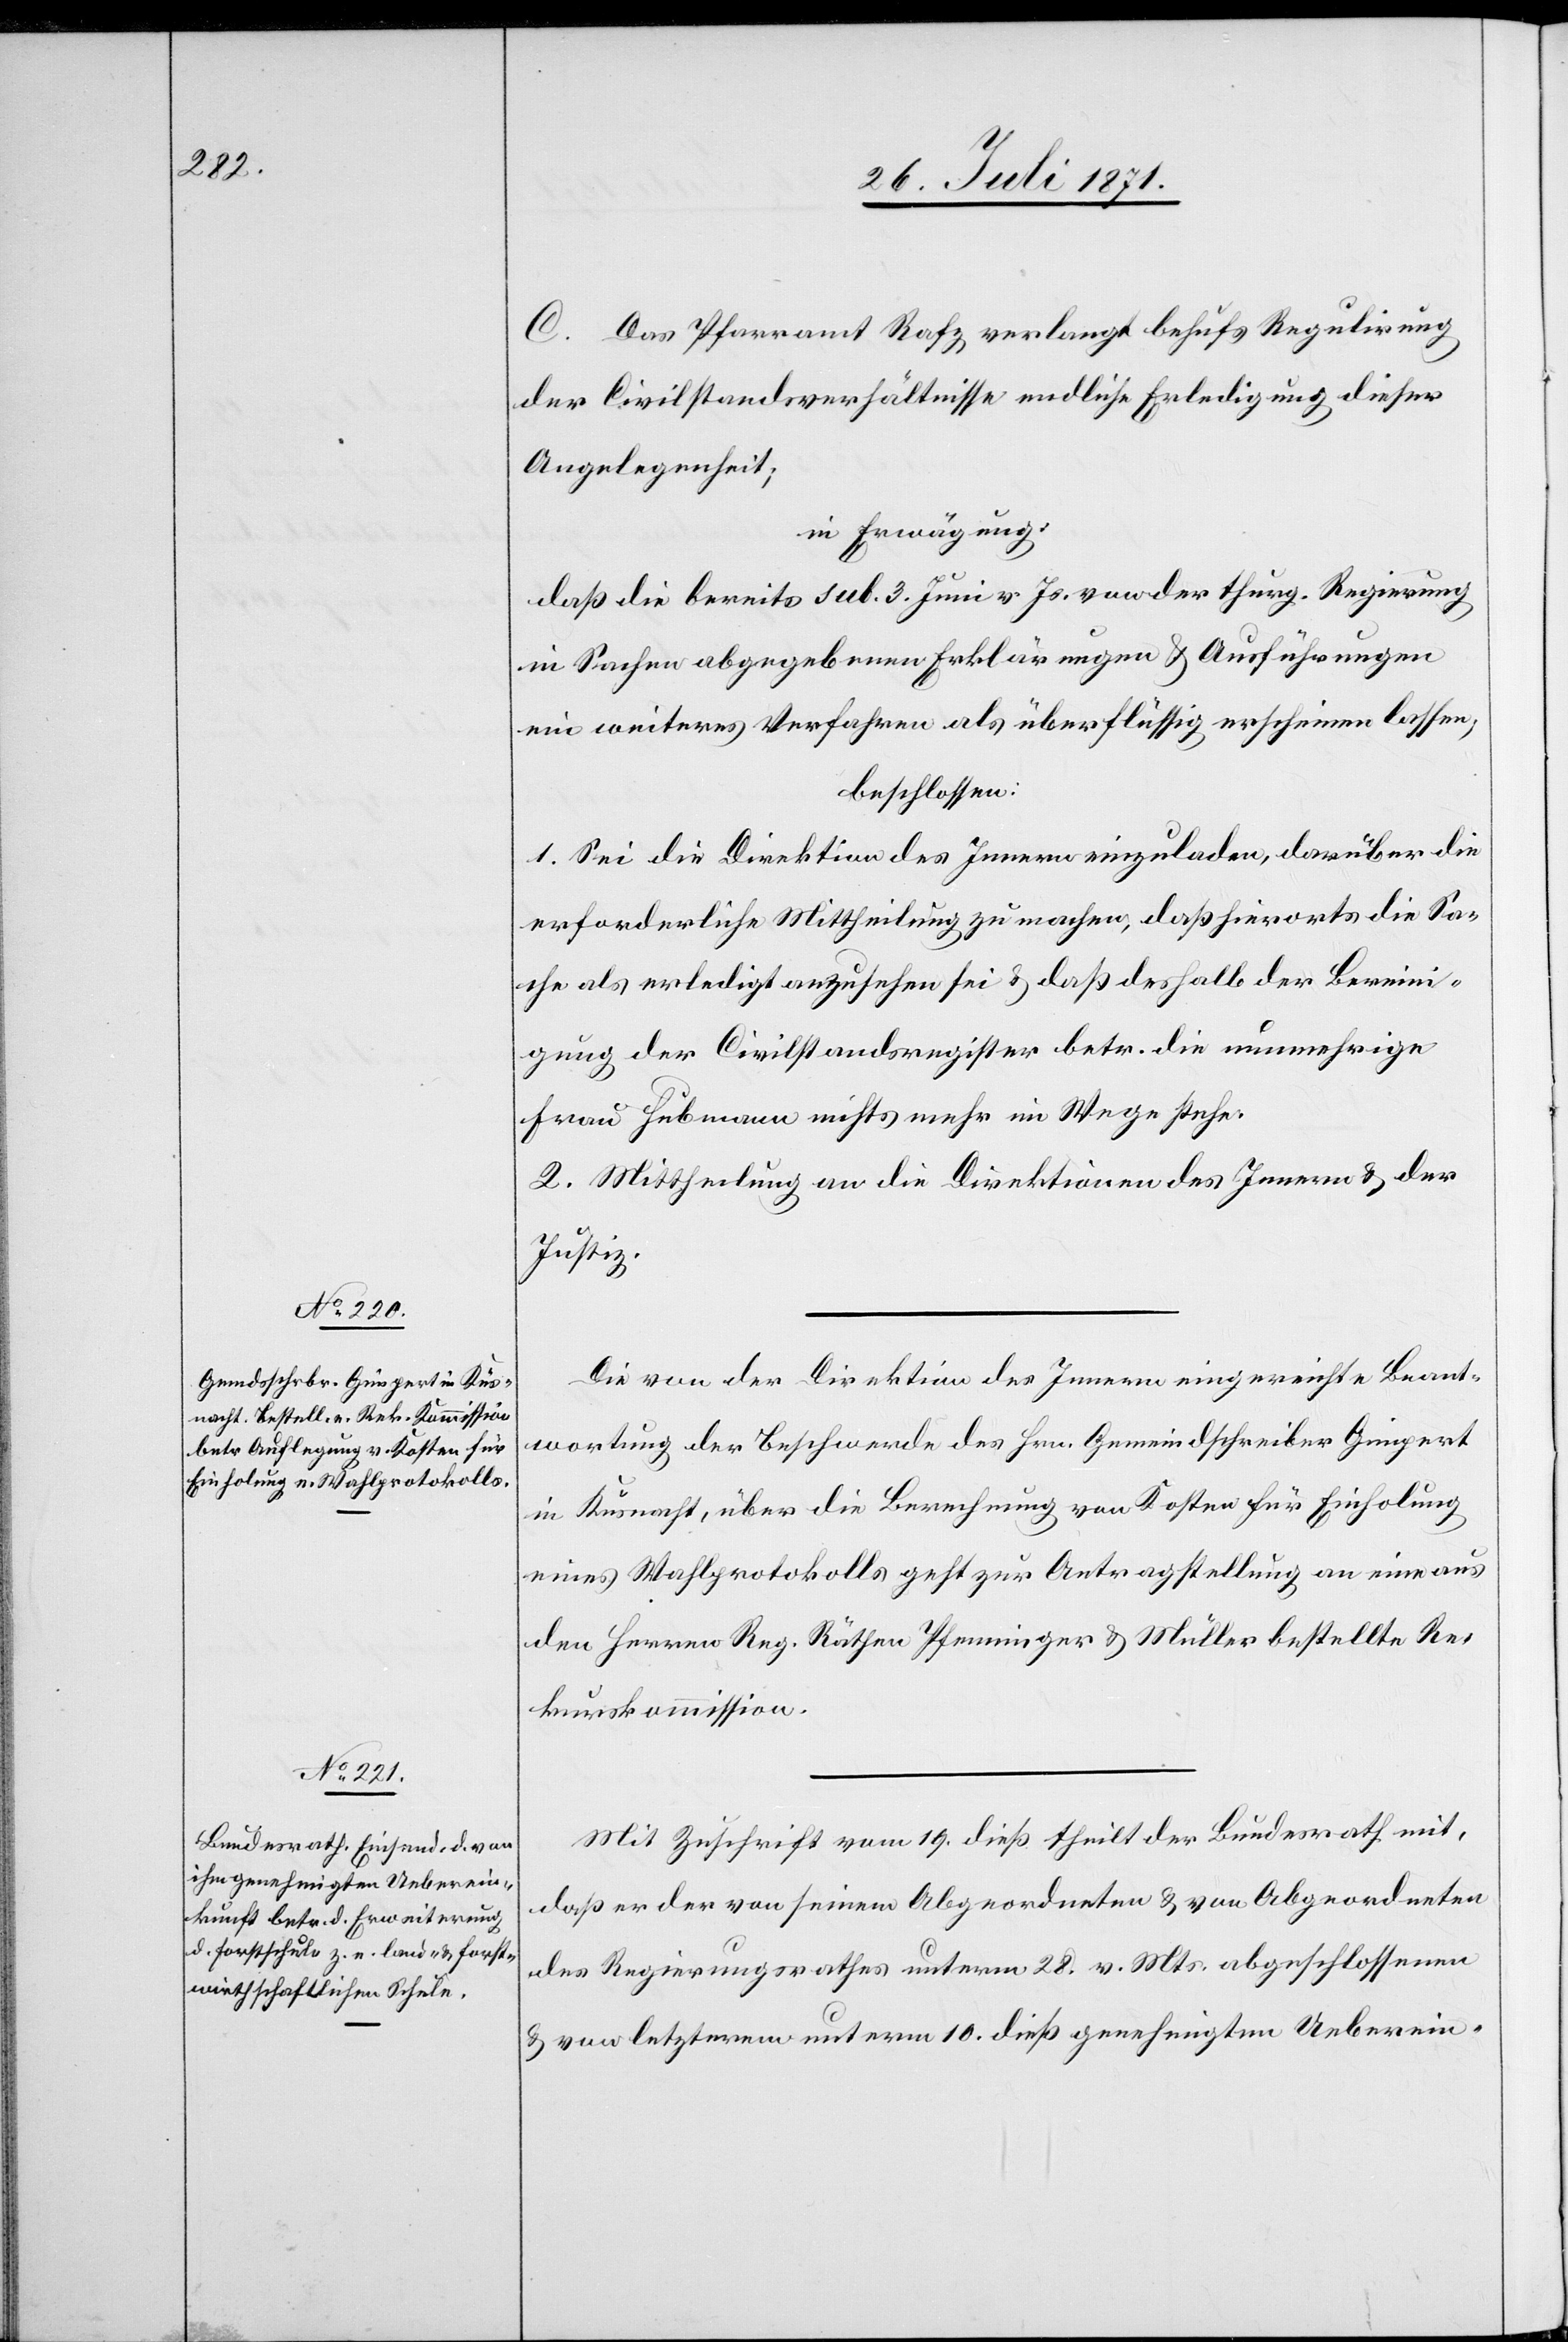
C. Das Pfarramt Rafz verlangt behufs Regulirung
der Civilstandsverhältnisse endliche Erledigung dieser
Angelegenheit;
in Erwägung:
daß die bereits sub. 3. Juni v. Js. von der thurg. Regierung
in Sachen abgegebenen Erklärungen u. Ausführungen
ein weiteres Verfahren als überflüssig erscheinen lassen,
beschlossen:
1. Sei die Direktion des Innern einzuladen, darüber die
erforderliche Mittheilung zu machen, daß hierorts die Sa¬
che als erledigt anzusehen sei u. daß deshalb der Bereini¬
gung der Civilstandsregister betr. die nunmehrige
Frau Hubmann nichts mehr im Wege stehe.
2. Mittheilung an die Direktion des Innern u. der
Justiz.
Die von der Direktion des Innern eingereichte Beant¬
wortung der Beschwerde des Hrn. Gemeindschreiber Gimpert
in Küsnacht, über die Berechnung von Kosten für Einholung
eines Wahlprotokolls geht zur Antragstellung an eine aus
den Herren Reg. Räthen Pfenninger u. Müller bestellte Re¬
kurskommission.
Mit Zuschrift vom 19. dieß theilt der Bundesrath mit,
daß er der von seinem Abgeordneten u. von Abgeordneten
des Regierungsrathes unterm 28. v. Mts. abgeschlossenen
u. von letzterem unterm 10. dieß genehmigten Ueberein-